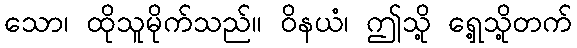
သော၊ ထိုသူမိုက်သည်။ ဝိနယံ၊ ဤသို့ ရှေ့သို့တက်